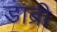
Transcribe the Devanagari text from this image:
डाब्री